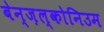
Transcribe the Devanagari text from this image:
बेन्ज़ल्कोनिउम